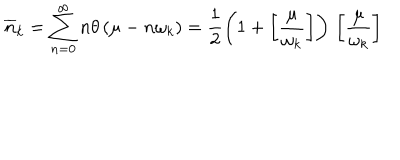
LaTeX: \overline { { { n } } } _ { k } = \sum _ { n = 0 } ^ { \infty } n \theta \left( \mu - n \omega _ { k } \right) = \frac { 1 } { 2 } \left( 1 + \left[ \frac { \mu } { \omega _ { k } } \right] \right) \, \left[ \frac { \mu } { \omega _ { k } } \right] \,